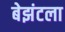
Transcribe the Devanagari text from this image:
बेझंटला